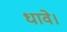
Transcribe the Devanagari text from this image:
धावे।